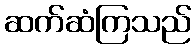
ဆက်ဆံကြသည်